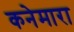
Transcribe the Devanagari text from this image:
कनेमारा